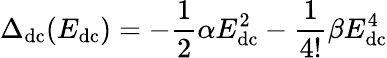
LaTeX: \Delta_{\mathrm{dc}}(E_{\mathrm{dc}})=-\frac{1}{2}\alpha E_{\mathrm{dc}}^{2}-\frac{1}{4!}\beta E_{\mathrm{dc}}^{4}